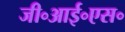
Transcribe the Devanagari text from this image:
जी॰आई॰एस॰